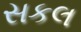
સકલ